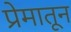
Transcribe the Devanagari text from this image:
प्रेमातून